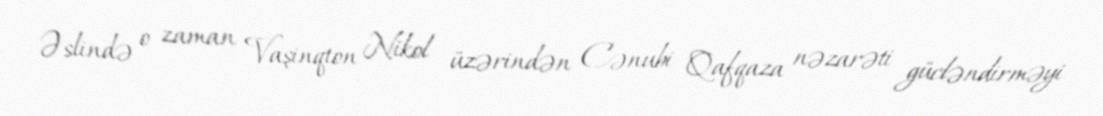
Əslində o zaman Vaşinqton Nikol üzərindən Cənubi Qafqaza nəzarəti gücləndirməyi